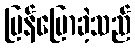
ပြန်ပြောခဲ့သည်